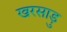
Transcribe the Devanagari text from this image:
खरसाड़ु